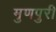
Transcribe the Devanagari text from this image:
मुणपुरी